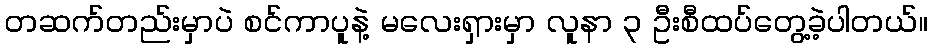
တဆက်တည်းမှာပဲ စင်ကာပူနဲ့ မလေးရှားမှာ လူနာ ၃ ဦးစီထပ်တွေ့ခဲ့ပါတယ်။